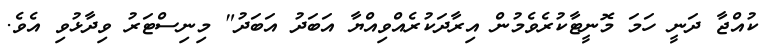
ކުއްޖާ ދަނީ ހަމަ މޮނީޓާކުރެވެމުން އިރާދަކުރެއްވިއްޔާ އަބަދު އަބަދު" މިނިސްޓަރު ވިދާޅުވި އެވެ.